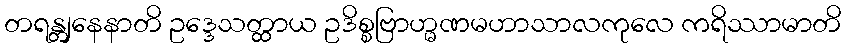
တရန္တျနေနာတိ ဥဒ္ဒေသတ္ထာယ ဥဒိစ္စဗြာဟ္မဏမဟာသာလကုလေ ကရိဿာမာတိ